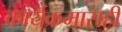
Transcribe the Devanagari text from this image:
कार्यक्रमासही